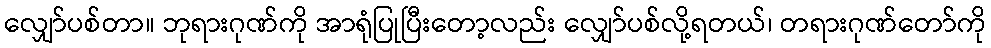
လျှော်ပစ်တာ။ ဘုရားဂုဏ်ကို အာရုံပြုပြီးတော့လည်း လျှော်ပစ်လို့ရတယ်၊ တရားဂုဏ်တော်ကို